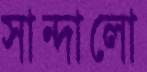
সান্দালো